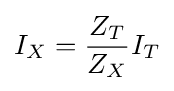
I_{X}={\frac {Z_{T}}{Z_{X}}}I_{T}